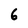
Character: 6